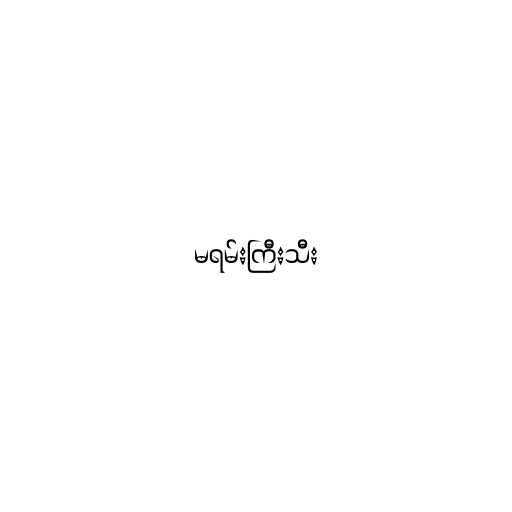
မရမ်းကြီးသီး